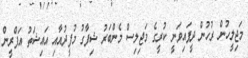
މަޖިލީހުން ރުހުން ދީފައިވަނީ ކުރީގެ މަޖިލިސް މެންބަރު ޝިފާގު މުފީދުއާއި އައިޝަތު އަފްރީން